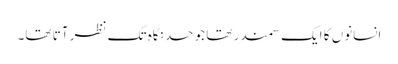
انسانوں کا ایک سمندر تھا جو حد نگاہ تک نظر آتا تھا۔